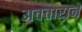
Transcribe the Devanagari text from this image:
अवताराने